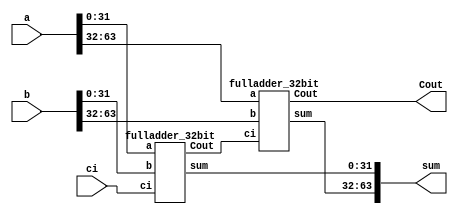
`timescale 1ns / 1ps

module fulladder_64bit(
	input [63:0] a,
	input [63:0] b,
	input ci,
	output [63:0] sum,
	output Cout
    );
	wire cout;


	fulladder_32bit fa0(.a(a[31:0]), .b(b[31:0]), .ci(ci), .sum(sum[31:0]), .Cout(cout));
	fulladder_32bit fa1(.a(a[63:32]), .b(b[63:32]), .ci(cout), .sum(sum[63:32]), .Cout(Cout));
endmodule



module fulladder_32bit(
	input [31:0] a,
	input [31:0] b,
	input ci,
	output [31:0] sum,
	output Cout
    );
	wire [6:0]cout;


	fulladder_4bit fa0(.a(a[3:0]), .b(b[3:0]), .ci(ci), .sum(sum[3:0]), .cout(cout[0]));
	fulladder_4bit fa1(.a(a[7:4]), .b(b[7:4]), .ci(cout[0]), .sum(sum[7:4]), .cout(cout[1]));
	fulladder_4bit fa2(.a(a[11:8]), .b(b[11:8]), .ci(cout[1]), .sum(sum[11:8]), .cout(cout[2]));
	fulladder_4bit fa3(.a(a[15:12]), .b(b[15:12]), .ci(cout[2]), .sum(sum[15:12]), .cout(cout[3]));
	fulladder_4bit fa4(.a(a[19:16]), .b(b[19:16]), .ci(cout[3]), .sum(sum[19:16]), .cout(cout[4]));
	fulladder_4bit fa5(.a(a[23:20]), .b(b[23:20]), .ci(cout[4]), .sum(sum[23:20]), .cout(cout[5]));
	fulladder_4bit fa6(.a(a[27:24]), .b(b[27:24]), .ci(cout[5]), .sum(sum[27:24]), .cout(cout[6]));
	fulladder_4bit fa7(.a(a[31:28]), .b(b[31:28]), .ci(cout[6]), .sum(sum[31:28]), .cout(Cout));
endmodule



module fulladder_4bit(
	input [3:0] a,
	input [3:0] b,
	input ci,
	output [3:0] sum,
	output cout
    );
	wire c1, c2, c3;


	fulladder_1bit fa1(.a(a[0]), .b(b[0]), .ci(ci), .s(sum[0]), .co(c1));
	fulladder_1bit fa2(.a(a[1]), .b(b[1]), .ci(c1), .s(sum[1]), .co(c2));
	fulladder_1bit fa3(.a(a[2]), .b(b[2]), .ci(c2), .s(sum[2]), .co(c3));
	fulladder_1bit fa4(.a(a[3]), .b(b[3]), .ci(c3), .s(sum[3]), .co(cout));

endmodule


module fulladder_1bit(
	input a, b, ci,
	output s, co
	);
	wire s1, c1, c2;
	
	half_adder ha1(.a(a), .b(b), .s(s1), .c(c1));
	half_adder ha2(.a(ci), .b(s1), .s(s), .c(c2));
	or carry(co, c1, c2);
endmodule


module half_adder(
	input a, b,
	output s, c
	);
	
	xor sum(s,a,b);
	and carry(c,a,b);

endmodule